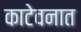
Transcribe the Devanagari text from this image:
काटेवनात